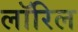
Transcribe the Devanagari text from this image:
लॉरिल